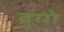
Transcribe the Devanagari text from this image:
ब्रुग्गे